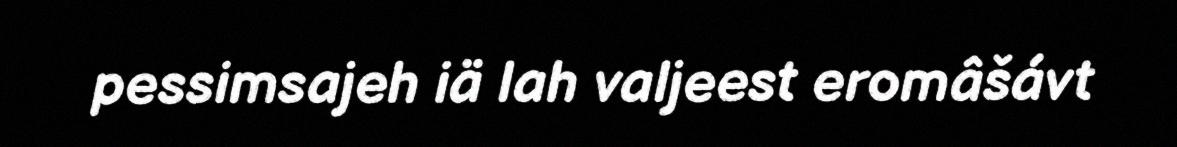
pessimsajeh iä lah valjeest eromâšávt